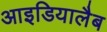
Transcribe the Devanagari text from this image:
आइडियालैब